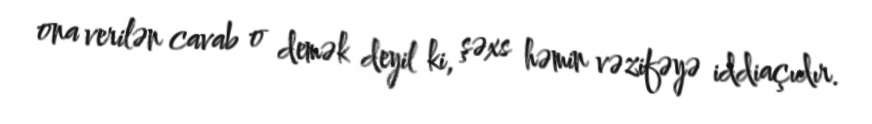
ona verilən cavab o demək deyil ki, şəxs həmin vəzifəyə iddiaçıdır.